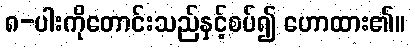
၈-ပါးကိုတောင်းသည်နှင့်စပ်၍ ဟောထား၏။